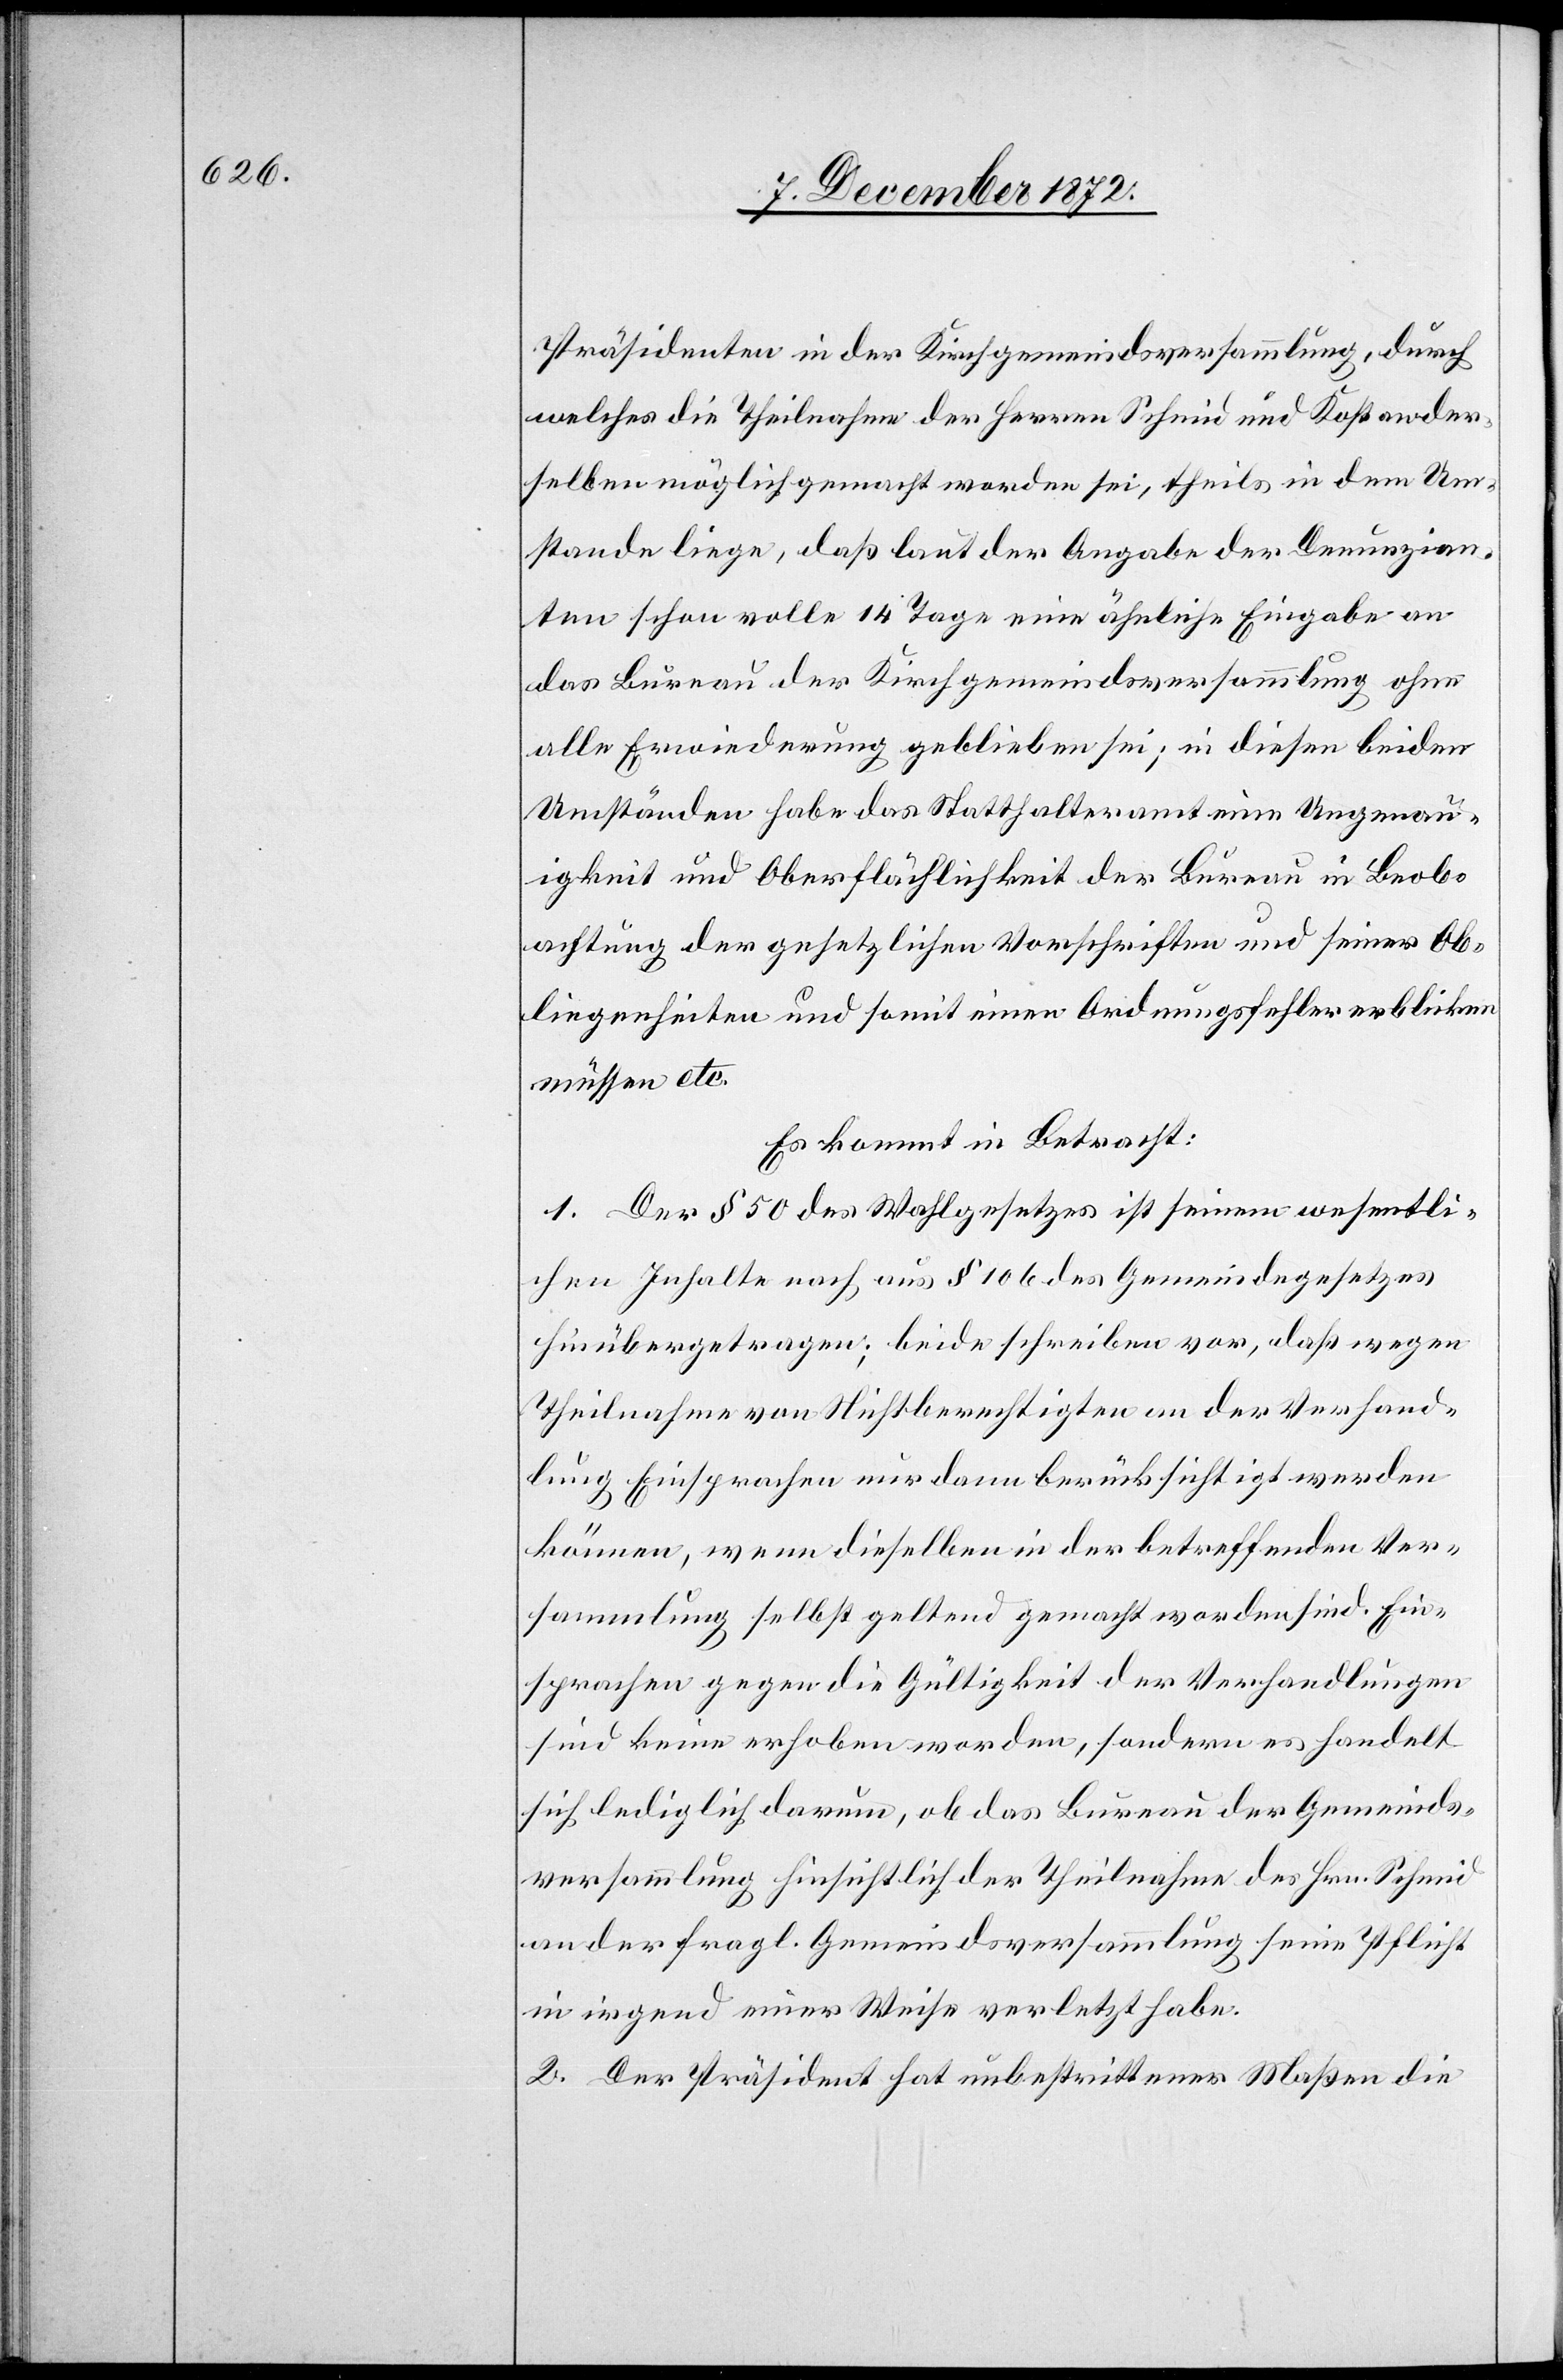
Präsidenten in der Kirchgemeindsversammlung, durch
welches die Theilnahme der Herren Schmid und Kons. an der¬
selben möglichst gemacht worden sei, theils in dem Um¬
stande liege, daß laut der Angabe der Denunzian¬
ten schon volle 14 Tage eine ähnliche Eingabe an
das Bureau der Kirchgemeindsversammlung ohne
alle Erwiederung geblieben sei; in diesen beiden
Umständen habe das Statthalteramt eine Ungenau¬
igkeit und Oberflächlichkeit der Bureau in Beob¬
achtung der gesetzlichen Vorschriften und seiner Ob¬
liegenheiten und somit einen Ordnungsfehler erblicken
müssen etc.
Es kommt in Betracht:
1. Der § 50 des Wahlgesetzes ist seinem wesentli¬
chen Inhalte nach aus § 106 des Gemeindegesetzes
hinübergetragen; beide schreiben vor, daß wegen
Theilnahme von Nichtberechtigten aus der Verhand¬
lung Einsprachen nur dann berücksichtigt werden
können, wenn dieselben in der betreffenden Ver¬
sammlung selbst geltend gemacht worden sind. Ein¬
sprachen gegen die Gültigkeit der Verhandlungen
sind keine erhoben worden, sondern es handelt
sich lediglich darum, ob das Bureau der Gemeinds¬
versammlung hinsichtlich der Theilnahme des Hrn. Schmid
an der fragl. Gemeindsversammlung seine Pflicht
in irgend einer Weise verletzt habe.
2. Der Präsident hat unbestrittener Maßen die